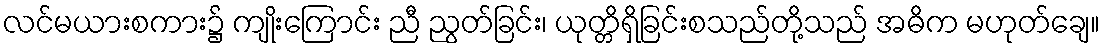
လင်မယားစကား၌ ကျိုးကြောင်း ညီ ညွတ်ခြင်း၊ ယုတ္တိရှိခြင်းစသည်တို့သည် အဓိက မဟုတ်ချေ။